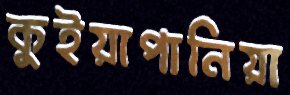
কুইয়াপানিয়া